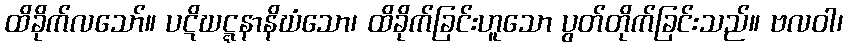
ထိခိုက်လသော်။ ပဋိဃဋ္ဋနာနိဃံသော၊ ထိခိုက်ခြင်းဟူသော ပွတ်တိုက်ခြင်းသည်။ ဗလဝါ၊